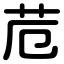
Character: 苊